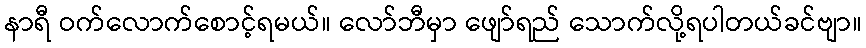
နာရီ ဝက်လောက်စောင့်ရမယ်။ လော်ဘီမှာ ဖျော်ရည် သောက်လို့ရပါတယ်ခင်ဗျာ။